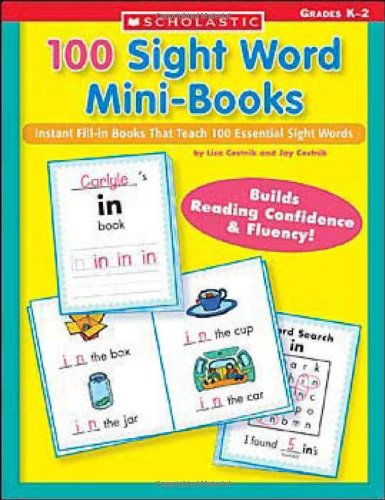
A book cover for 100 Sight Word Mini-Books: Instant Fill-in Mini-Books That Teach 100 Essential Sight Words (Teaching Resources); Lisa Cestnik; Education & Teaching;